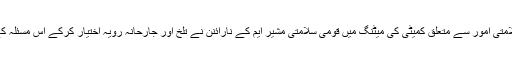
مگر اسوقت کابینہ کی سلامتی امور سے متعلق کمیٹی کی میٹنگ میں قومی سلامتی مشیر ایم کے نارائنن نے تلخ اور جارحانہ رویہ اختیار کرکے اس مسئلہ کے حل کو سبو تاژ کر دیا۔